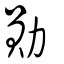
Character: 勛